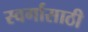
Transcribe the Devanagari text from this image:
स्वर्गासाठी